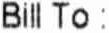
BILL TO :